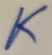
Text: K